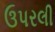
ઉપરલી